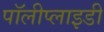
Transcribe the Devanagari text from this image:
पॉलीप्लाइडी